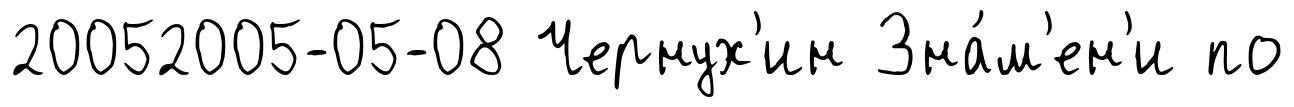
20052005-05-08 Чернух'ин Зна́м'ен'и по